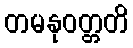
တမနုဝတ္တတိ